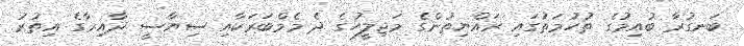
ބަނގުރާ ބުއިމުގެ ތުހުމަތުގައި ރައްޔިތުންގެ މަޖިލީހުގެ ދެ މެމްބަރަކާއި ސިޔާސީ ދާއިރާގެ އިތުރު